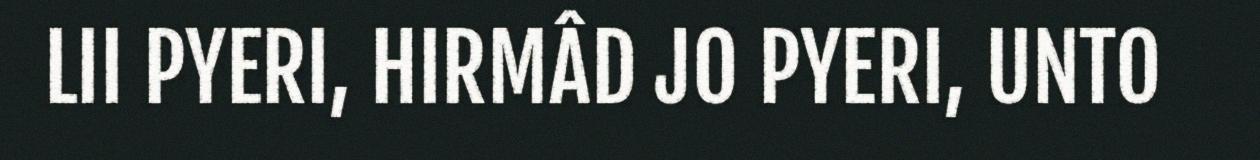
LII PYERI, HIRMÂD JO PYERI, UNTO